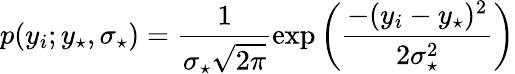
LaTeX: p(y_{i};y_{\star},\sigma_{\star})=\frac{1}{\sigma_{\star}\sqrt{2\pi}}\exp\left(\frac{-(y_{i}-y_{\star})^{2}}{2\sigma_{\star}^{2}}\right)